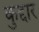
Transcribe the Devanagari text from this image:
कुद्दार